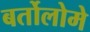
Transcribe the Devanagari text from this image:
बर्तोलोमे